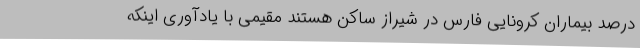
درصد بیماران کرونایی فارس در شیراز ساکن هستند مقیمی با یادآوری اینکه